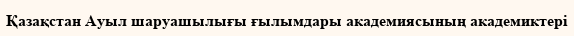
Қазақстан Ауыл шаруашылығы ғылымдары академиясының академиктері